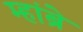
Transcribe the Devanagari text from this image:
म्हांब्रे